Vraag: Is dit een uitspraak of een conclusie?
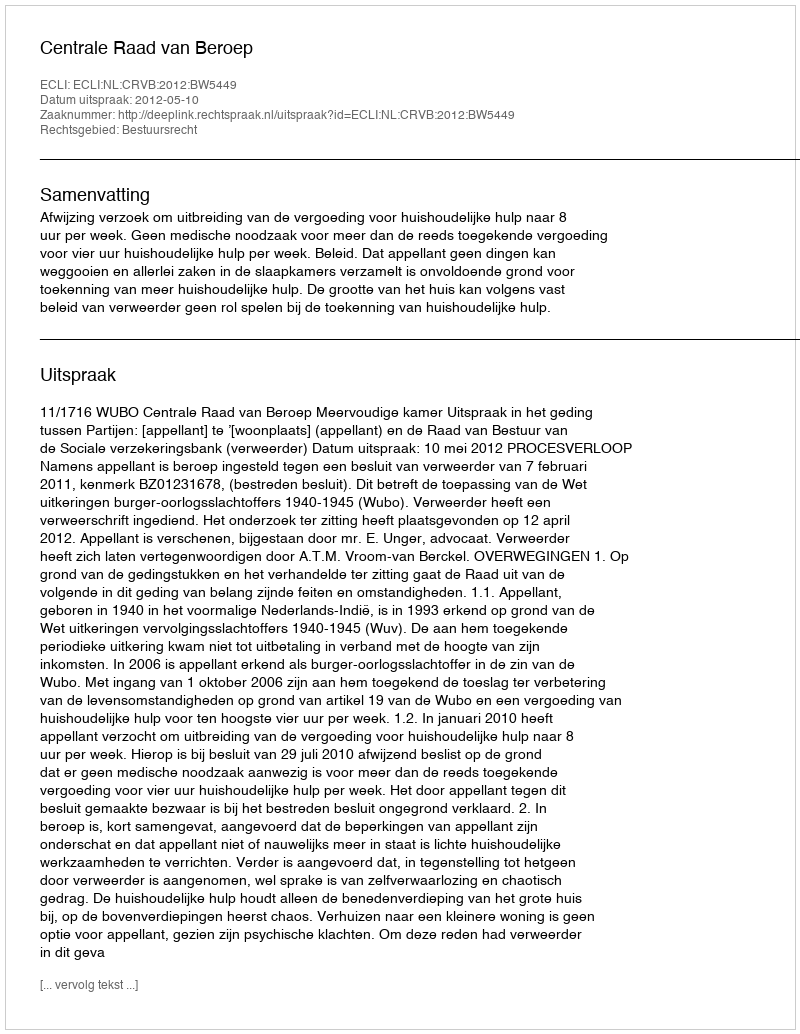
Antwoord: Uitspraak